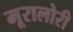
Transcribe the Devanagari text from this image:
मूरालोरी